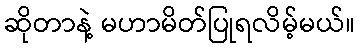
ဆိုတာနဲ့ မဟာမိတ်ပြုရလိမ့်မယ်။